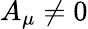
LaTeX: A_{\mu}\ne 0